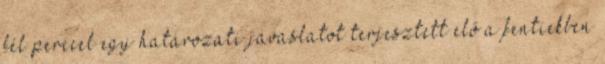
fél perccel egy határozati javaslatot terjesztett elő a fentiekben